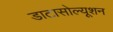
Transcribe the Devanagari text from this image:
डाटासोल्यूशन